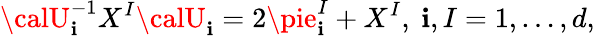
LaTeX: {\calU}_{\mathbf{i}}^{-1}X^{I}{\calU}_{\mathbf{i}}=2\pie_{\mathbf{i}}^{I}+X^{I},~\mathbf{i},I=1,\ldots,d,